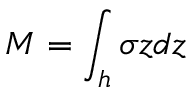
\boldsymbol { { M } } = \int _ { h } \boldsymbol { { \sigma } } z d z